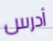
أدرس